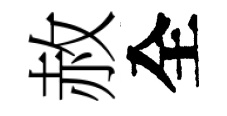
赦全